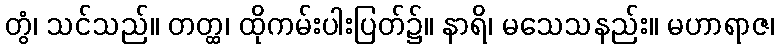
တွံ၊ သင်သည်။ တတ္ထ၊ ထိုကမ်းပါးပြတ်၌။ နာရိ၊ မသေသနည်း။ မဟာရာဇ၊